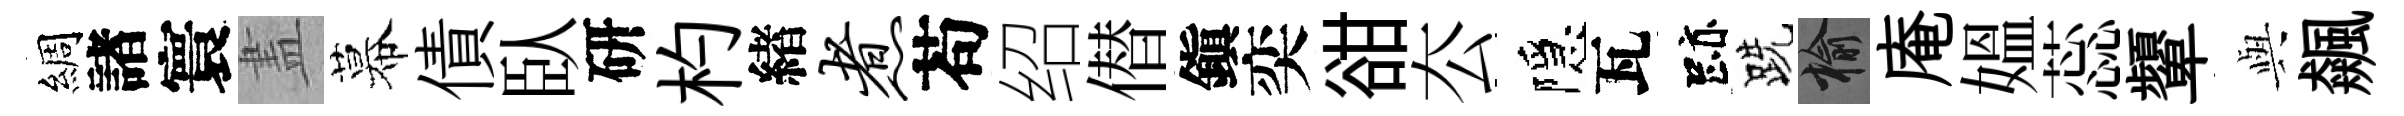
綢諸寰𥁞幕債臥研杓緖煮苟绍僣鎭奕𧮳厺隱瓦跡跣榆庵媪蕊顰𫤰飆